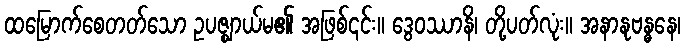
ထမြောက်စေတတ်သော ဥပဇ္ဈာယ်မ၏ အဖြစ်၎င်း။ ဒွေဝဿာနိ၊ တို့ပတ်လုံး။ အနာနုဗန္ဓနေ၊